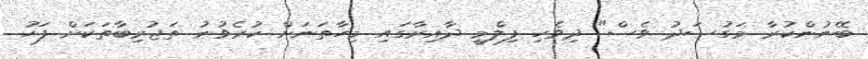
ބޭނުންކުރާ މަގުސަދު ވެސް" ދިވެހި ފިލްމީ ދާއިރާގައި މިހާތަނަށް ކުރެވުނު ތަޖުރިބާތަކަށް ފަހު